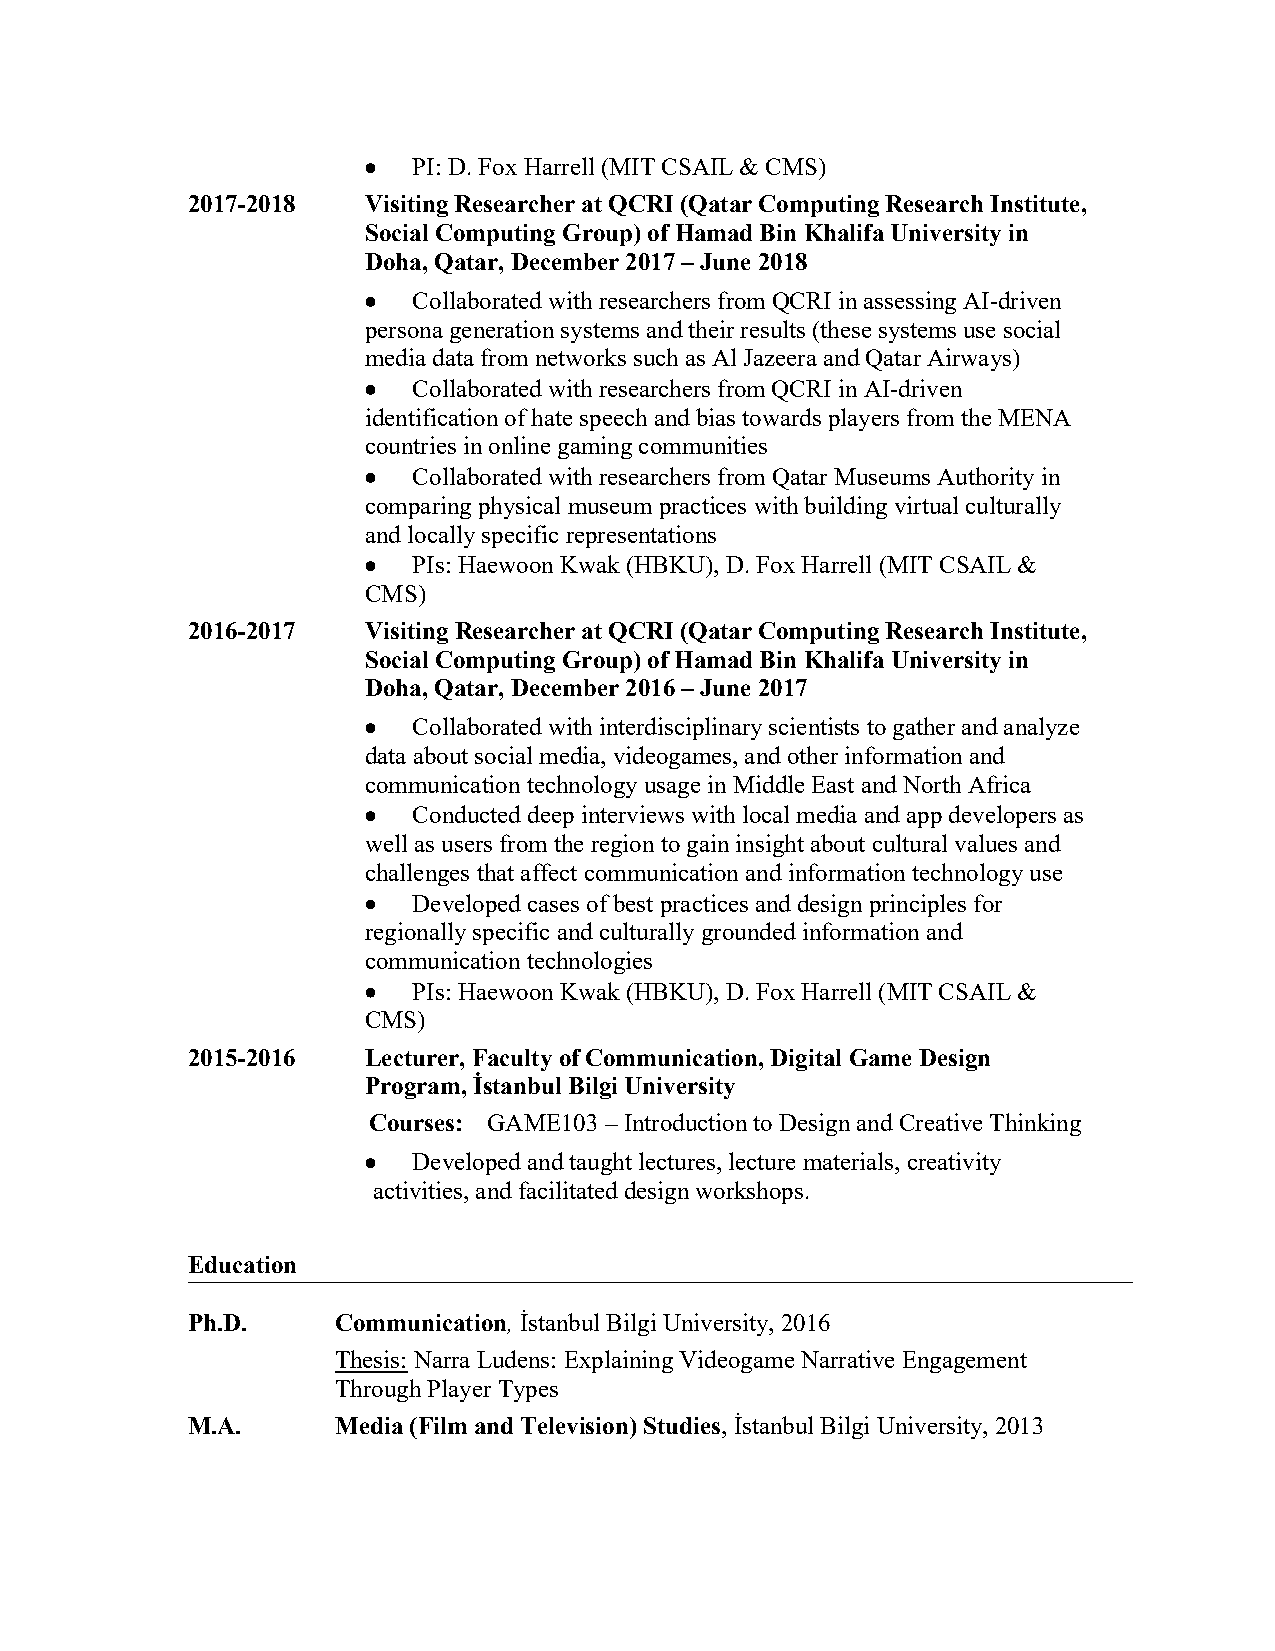
•  PI: D. Fox Harrell (MIT CSAIL & CMS)
 2017-2018   Visiting Researcher at QCRI (Qatar Computing Research Institute,
 Social Computing Group) of Hamad Bin Khalifa University in
 Doha, Qatar, December 2017 – June 2018
 •  Collaborated with researchers from QCRI in assessing AI-driven
 persona generation systems and their results (these systems use social
 media data from networks such as Al Jazeera and Qatar Airways)
 •  Collaborated with researchers from QCRI in AI-driven
 identification of hate speech and bias towards players from the MENA
 countries in online gaming communities
 •  Collaborated with researchers from Qatar Museums Authority in
 comparing physical museum practices with building virtual culturally
 and locally specific representations
 •  PIs: Haewoon Kwak (HBKU), D. Fox Harrell (MIT CSAIL &
 CMS)
 2016-2017   Visiting Researcher at QCRI (Qatar Computing Research Institute,
 Social Computing Group) of Hamad Bin Khalifa University in
 Doha, Qatar, December 2016 – June 2017
 •  Collaborated with interdisciplinary scientists to gather and analyze
 data about social media, videogames, and other information and
 communication technology usage in Middle East and North Africa
 •  Conducted deep interviews with local media and app developers as
 well as users from the region to gain insight about cultural values and
 challenges that affect communication and information technology use
 •  Developed cases of best practices and design principles for
 regionally specific and culturally grounded information and
 communication technologies
 •  PIs: Haewoon Kwak (HBKU), D. Fox Harrell (MIT CSAIL &
 CMS)
 2015-2016   Lecturer, Faculty of Communication, Digital Game Design
 Program, İstanbul Bilgi University
 Courses: GAME103 – Introduction to Design and Creative Thinking
 •  Developed and taught lectures, lecture materials, creativity
 activities, and facilitated design workshops.
 Education
 Ph.D.     Communication, İstanbul Bilgi University, 2016
 Thesis: Narra Ludens: Explaining Videogame Narrative Engagement
 Through Player Types
 M.A.      Media (Film and Television) Studies, İstanbul Bilgi University, 2013